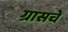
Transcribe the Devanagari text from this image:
ग्रासचे